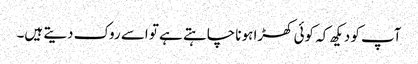
آپ کو دیکھ کہ کوئی کھڑا ہونا چاہتے ہے تو اسے روک دیتے ہیں۔